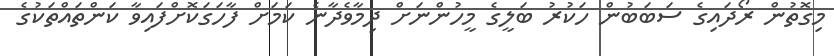
މިގޮތުން ރޯދައިގެ ސަބަބުން ހަކުރު ބަލީގެ މީހުންނަށް ދިމާވެދާނެ ކަމަށް ފާހަގަކޮށްފައިވާ ކަންތައްތަކުގެ